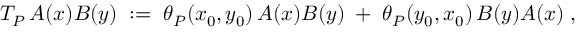
T _ { P } \, A ( x ) B ( y ) \; : = \; \theta _ { P } ( x _ { 0 } , y _ { 0 } ) \, A ( x ) B ( y ) \; + \; \theta _ { P } ( y _ { 0 } , x _ { 0 } ) \, B ( y ) A ( x ) \; ,